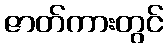
ဇာတ်ကားတွင်